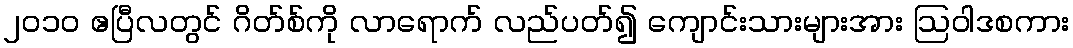
၂၀၁၀ ဧပြီလတွင် ဂိတ်စ်ကို လာရောက် လည်ပတ်၍ ကျောင်းသားများအား ဩဝါဒစကား